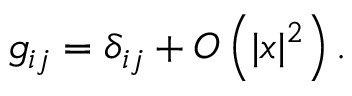
g _ { i j } = \delta _ { i j } + O \left( | x | ^ { 2 } \right) .